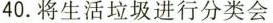
40.将生活垃圾进行分类会